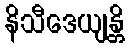
နိသီဒေယျန္တိ